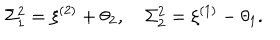
LaTeX: \Sigma _ { 1 } ^ { 2 } = \xi ^ { ( 2 ) } + \theta _ { 2 } , \quad \Sigma _ { 2 } ^ { 2 } = \xi ^ { ( 1 ) } - \theta _ { 1 } .